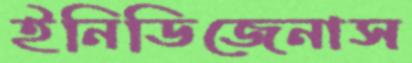
ইনিডিজেনাস